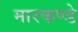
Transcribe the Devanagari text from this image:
मारकण्डे